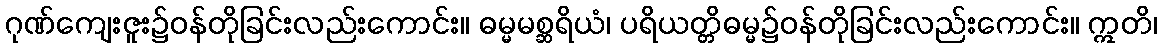
ဂုဏ်ကျေးဇူး၌ဝန်တိုခြင်းလည်းကောင်း။ ဓမ္မမစ္ဆရိယံ၊ ပရိယတ္တိဓမ္မ၌ဝန်တိုခြင်းလည်းကောင်း။ ဣတိ၊